Civil Veterinary Department ledger series I-VI
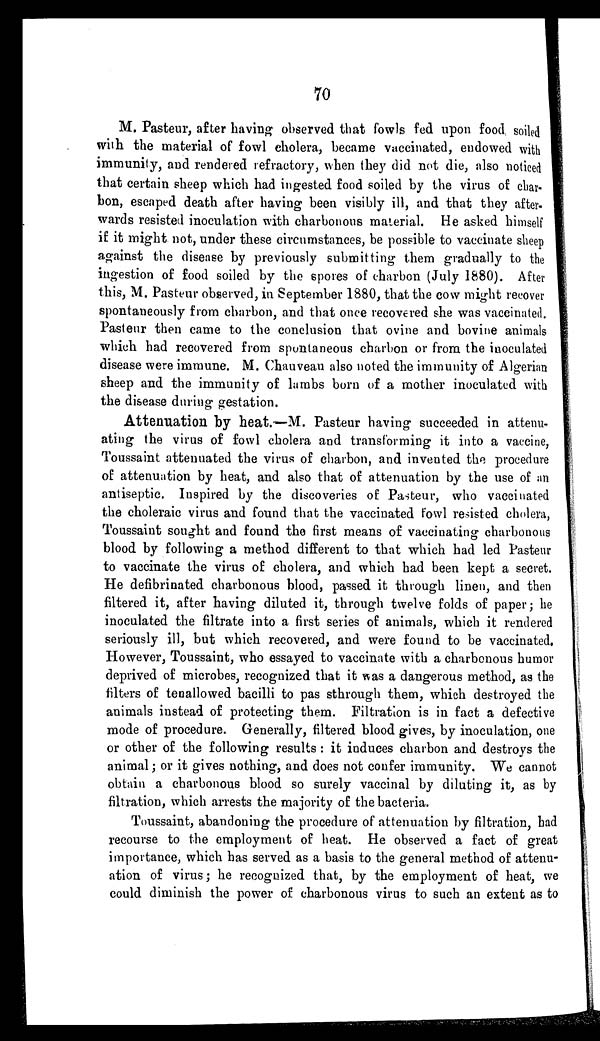
70
M. Pasteur, after having observed that fowls fed upon food soiled
with the material of fowl cholera, became vaccinated, endowed with
immunity, and rendered refractory, when they did not die, also noticed
that certain sheep which had ingested food soiled by the virus of char-
bon, escaped death after having been visibly ill, and that they after.
wards resisted inoculation with charbonous material. He asked himself
if it might not, under these circumstances, be possible to vaccinate sheep
against the disease by previously submitting them gradually to the
ingestion of food soiled by the spores of charbon (July 1880). After
this, M. Pasteur observed, in September 1880, that the cow might recover
spontaneously from charbon, and that once recovered she was vaccinated.
Pasteur then came to the conclusion that ovine and bovine animals
which had recovered from spontaneous charbon or from the inoculated
disease were immune. M. Chauveau also noted the immunity of Algerian
sheep and the immunity of lambs born of a mother inoculated with
the disease during gestation.
Attenuation by heat.—M. Pasteur having succeeded in attenu-
ating the virus of fowl cholera and transforming it into a vaccine,
Toussaint attenuated the virus of charbon, and invented the procedure
of attenuation by heat, and also that of attenuation by the use of an
antiseptic. Inspired by the discoveries of Pasteur, who vaccinated
the choleraic virus and found that the vaccinated fowl resisted cholera,
Toussaint sought and found the first means of vaccinating charbonous
blood by following a method different to that which had led Pasteur
to vaccinate the virus of cholera, and which had been kept a secret.
He defibrinated charbonous blood, passed it through linen, and then
filtered it, after having diluted it, through twelve folds of paper; he
inoculated the filtrate into a first series of animals, which it rendered
seriously ill, but which recovered, and were found to be vaccinated.
However, Toussaint, who essayed to vaccinate with a charbonous humor
deprived of microbes, recognized that it was a dangerous method, as the
filters of tenallowed bacilli to pas sthrough them, which destroyed the
animals instead of protecting them. Filtration is in fact a defective
mode of procedure. Generally, filtered blood gives, by inoculation, one
or other of the following results : it induces charbon and destroys the
animal; or it gives nothing, and does not confer immunity. We cannot
obtain a charbonous blood so surely vaccinal by diluting it, as by
filtration, which arrests the majority of the bacteria.
Toussaint, abandoning the procedure of attenuation by filtration, had
recourse to the employment of heat. He observed a fact of great
importance, which has served as a basis to the general method of attenu-
ation of virus; he recognized that, by the employment of heat, we
could diminish the power of charbonous virus to such an extent as to